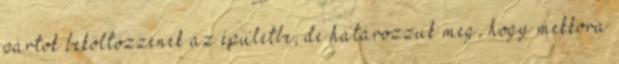
pártok beköltözzenek az épületbe, de határozzuk meg, hogy mekkora